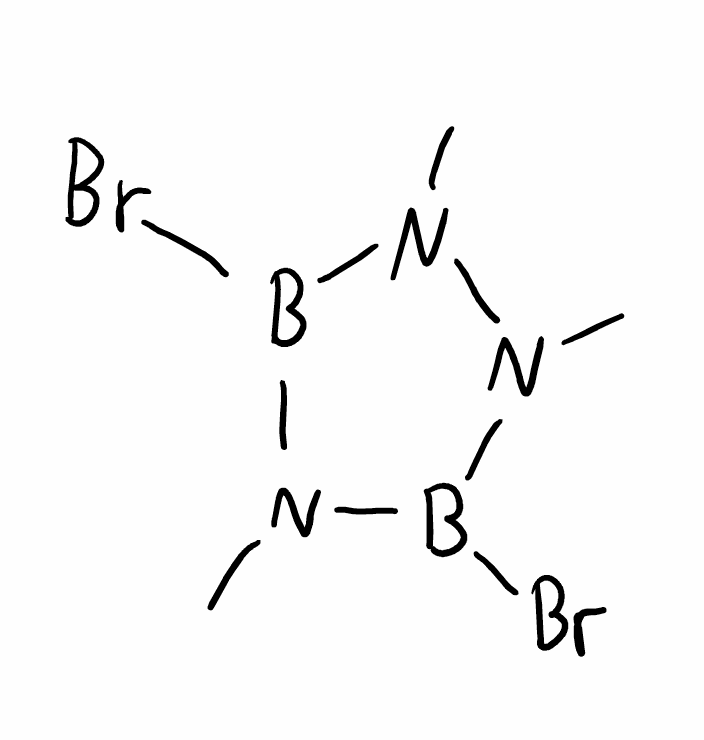
Simplified molecular-input line-entry system (SMILES) notation of the given molecule:
B1(N(B(N(N1C)C)Br)C)Br